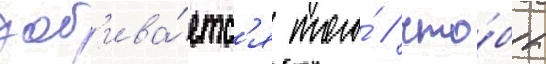
доб'ива́етс'я того́ / что́бы